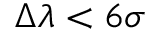
\Delta \lambda < 6 \sigma